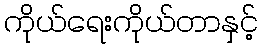
ကိုယ်ရေးကိုယ်တာနှင့်